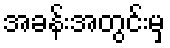
အခန်းအတွင်းမှ